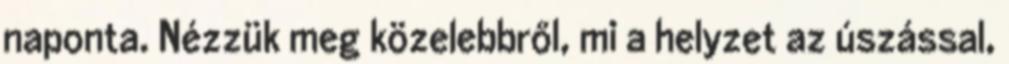
naponta. Nézzük meg közelebbről, mi a helyzet az úszással,